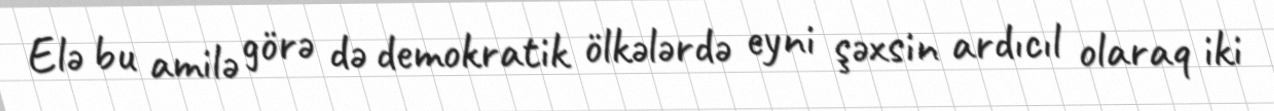
Elə bu amilə görə də demokratik ölkələrdə eyni şəxsin ardıcıl olaraq iki